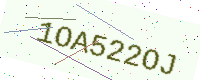
Text: 1OA522OJ